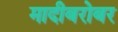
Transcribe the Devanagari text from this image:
मादीबरोबर